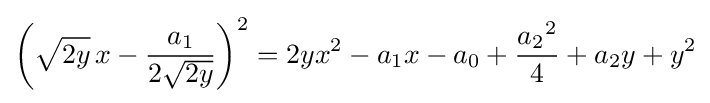
\left({\sqrt {2y}}\,x-{\frac {a_{1}}{2{\sqrt {2y}}}}\right)^{2}=2yx^{2}-a_{1}x-a_{0}+{\frac {{a_{2}}^{2}}{4}}+a_{2}y+y^{2}